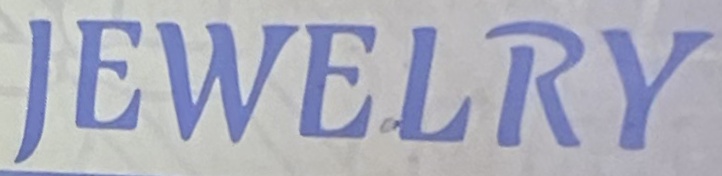
JEWELRY